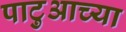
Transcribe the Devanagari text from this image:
पाटुआच्या